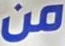
من